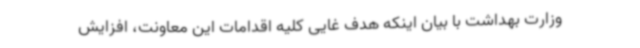
وزارت بهداشت با بیان اینکه هدف غایی کلیه اقدامات این معاونت، افزایش